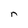
Character: n